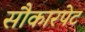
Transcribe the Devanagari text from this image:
सौकारपेट